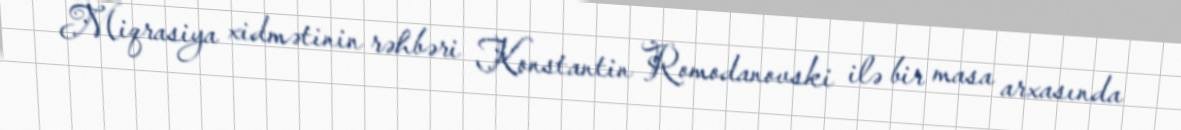
Miqrasiya xidmətinin rəhbəri Konstantin Romodanovski ilə bir masa arxasında